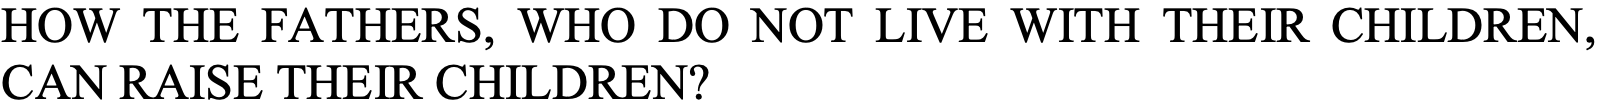
HOW THE FATHERS, WHO DO NOT  LIVE WITH THEIR CHILDREN, CAN RAISE THEIR CHILDREN?